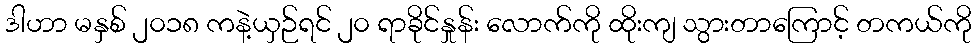
ဒါဟာ မနှစ် ၂၀၁၈ ကနဲ့ယှဉ်ရင် ၂၀ ရာခိုင်နှုန်း လောက်ကို ထိုးကျ သွားတာကြောင့် တကယ်ကို